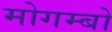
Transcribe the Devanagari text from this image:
मोगम्बो